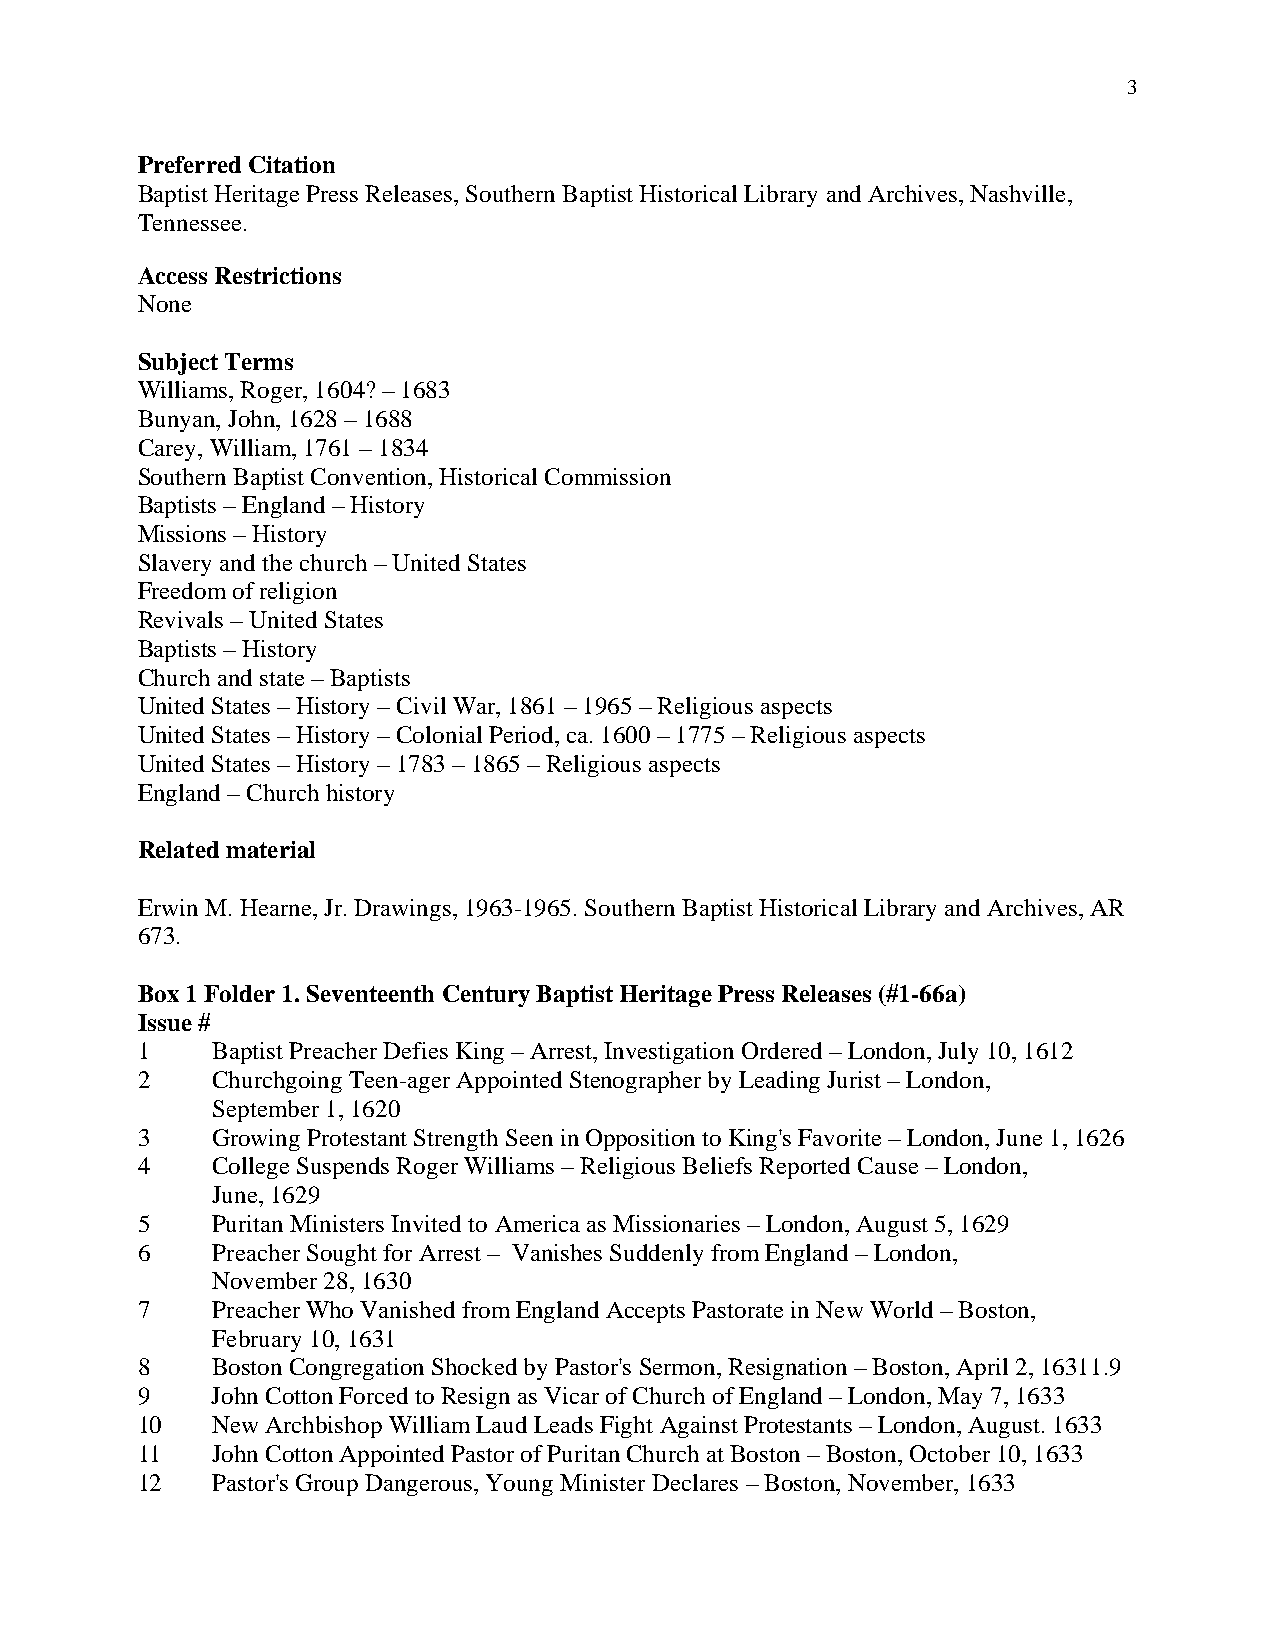
3
 Preferred Citation
 Baptist Heritage Press Releases, Southern Baptist Historical Library and Archives, Nashville,
 Tennessee.
 Access Restrictions
 None
 Subject Terms
 Williams, Roger, 1604? – 1683
 Bunyan, John, 1628 – 1688
 Carey, William, 1761 – 1834
 Southern Baptist Convention, Historical Commission
 Baptists – England – History
 Missions – History
 Slavery and the church – United States
 Freedom of religion
 Revivals – United States
 Baptists – History
 Church and state – Baptists
 United States – History – Civil War, 1861 – 1965 – Religious aspects
 United States – History – Colonial Period, ca. 1600 – 1775 – Religious aspects
 United States – History – 1783 – 1865 – Religious aspects
 England – Church history
 Related material
 Erwin M. Hearne, Jr. Drawings, 1963-1965. Southern Baptist Historical Library and Archives, AR
 673.
 Box 1 Folder 1. Seventeenth Century Baptist Heritage Press Releases (#1-66a)
 Issue #
 1    Baptist Preacher Defies King – Arrest, Investigation Ordered – London, July 10, 1612
 2    Churchgoing Teen-ager Appointed Stenographer by Leading Jurist – London,
 September 1, 1620
 3    Growing Protestant Strength Seen in Opposition to King's Favorite – London, June 1, 1626
 4    College Suspends Roger Williams – Religious Beliefs Reported Cause – London,
 June, 1629
 5    Puritan Ministers Invited to America as Missionaries – London, August 5, 1629
 6    Preacher Sought for Arrest – Vanishes Suddenly from England – London,
 November 28, 1630
 7    Preacher Who Vanished from England Accepts Pastorate in New World – Boston,
 February 10, 1631
 8    Boston Congregation Shocked by Pastor's Sermon, Resignation – Boston, April 2, 16311.9
 9    John Cotton Forced to Resign as Vicar of Church of England – London, May 7, 1633
 10   New Archbishop William Laud Leads Fight Against Protestants – London, August. 1633
 11   John Cotton Appointed Pastor of Puritan Church at Boston – Boston, October 10, 1633
 12   Pastor's Group Dangerous, Young Minister Declares – Boston, November, 1633